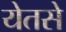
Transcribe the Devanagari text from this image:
येतसे